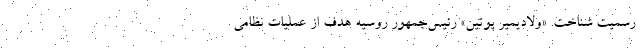
رسمیت شناخت. «ولادیمیر پوتین» رئیس‌جمهور روسیه هدف از عملیات نظامی